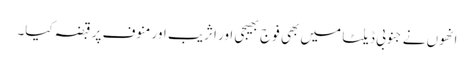
انھوں نے جنوبی ڈیلٹا میں بھی فوج بھیجی اور اثریب اور منوف پر قبضہ کیا۔